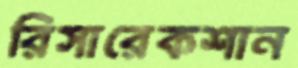
রিসারেকশান